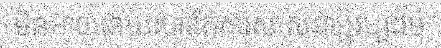
មិនអាចដោយសារតែការសាសនាឬវប្បធម៍